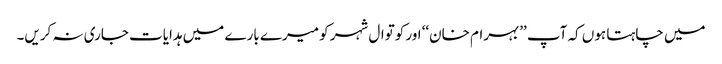
میں چاہتا ہوں کہ آپ ’’بہرام خان‘‘ اور کوتوال شہر کو میرے بارے میں ہدایات جاری نہ کریں۔